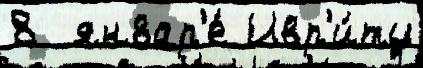
8  январ'е́ Ивр'и́ту